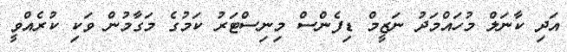
އަދި ކާނަލް މުހައްމަދު ނަޒީމް ޑިފެންސް މިނިސްޓަރު ކަމުގެ މަގާމުން ވަކި ކުރެއްވީ